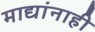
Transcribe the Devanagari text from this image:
माद्यांनाही